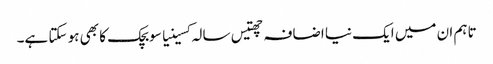
تاہم ان میں ایک نیا اضافہ چھتیس سالہ کسینیا سوبچک کا بھی ہو سکتا ہے۔